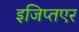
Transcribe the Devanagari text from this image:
इजिप्तएर